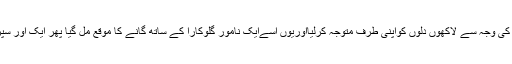
کہ ایک اور رنگسازنے اپنی سریلی آواز کی وجہ سے لاکھوں دلوں کواپنی طرف متوجہ کرلیااوریوں اسےایک نامور گلوکارا کے ساتھ گانے کا موقع مل گیا پھر ایک اور سپر اسٹارپاکستان انڈسٹری کاحصہ بن گیا ۔